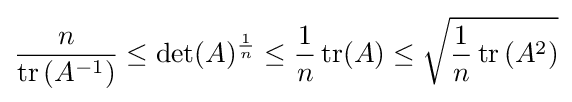
{\frac {n}{\operatorname {tr} \left(A^{-1}\right)}}\leq \det(A)^{\frac {1}{n}}\leq {\frac {1}{n}}\operatorname {tr} (A)\leq {\sqrt {{\frac {1}{n}}\operatorname {tr} \left(A^{2}\right)}}